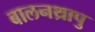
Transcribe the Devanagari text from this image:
बालनथ्रापु